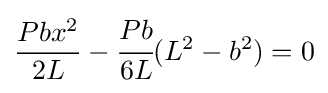
{\dfrac {Pbx^{2}}{2L}}-{\cfrac {Pb}{6L}}(L^{2}-b^{2})=0